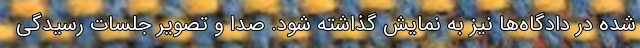
شده در دادگاه‌ها نیز به نمایش گذاشته شود. صدا و تصویر جلسات رسیدگی